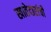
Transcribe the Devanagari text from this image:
खातेदारांची